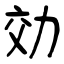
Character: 効